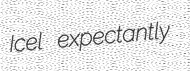
Icel expectantly